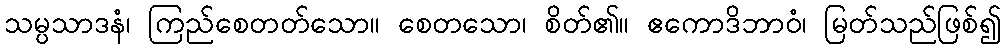
သမ္ပသာဒနံ၊ ကြည်စေတတ်သော။ စေတသော၊ စိတ်၏။ ဧကောဒိဘာဝံ၊ မြတ်သည်ဖြစ်၍